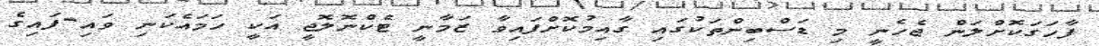
ފާހަގަކޮށްލަން ޖެހެނީ މި ޑަސްބިންތަކުގައި ގާއިމުކޮށްފައިވާ ޒަމާނީ ޓެކްނޮލޮޖީ އަކީ ހަމައެކަނި ވައި-ފައިގެ